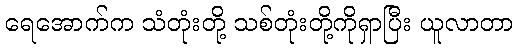
ရေအောက်က သံတုံးတို့ သစ်တုံးတို့ကိုရှာပြီး ယူလာတာ